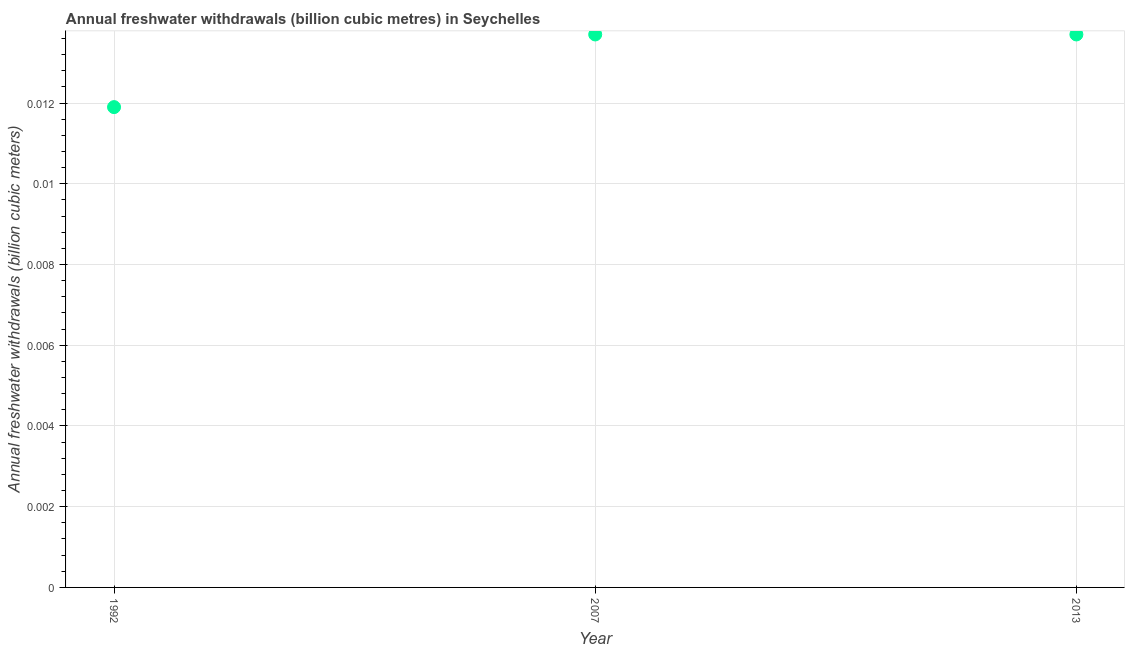
| Year | Annual freshwater withdrawals |
 | --- | --- |
 | 1992 | 0.0119 |
 | 2007 | 0.0137 |
 | 2013 | 0.0137 |